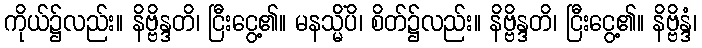
ကိုယ်၌လည်း။ နိဗ္ဗိန္ဒတိ၊ ငြီးငွေ့၏။ မနသ္မိံပိ၊ စိတ်၌လည်း။ နိဗ္ဗိန္ဒတိ၊ ငြီးငွေ့၏။ နိဗ္ဗိန္ဒံ၊